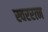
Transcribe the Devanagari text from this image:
स्वररत्न